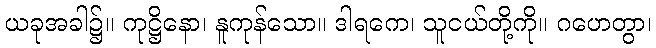
ယခုအခါ၌။ ကုဋ္ဌိနော၊ နူကုန်သော။ ဒါရကေ၊ သူငယ်တို့ကို။ ဂဟေတွာ၊